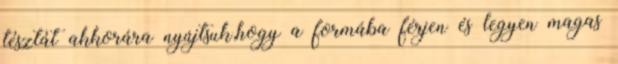
tésztát akkorára nyújtsuk,hogy a formába férjen és legyen magas